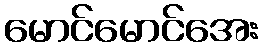
မောင်မောင်အေး